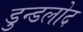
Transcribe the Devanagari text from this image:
डुन्डलोद